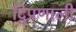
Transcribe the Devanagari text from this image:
द्विप्रणाली